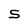
Character: S